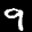
Label: 9